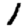
Digit: 1